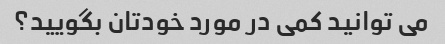
می توانید کمی در مورد خودتان بگویید؟